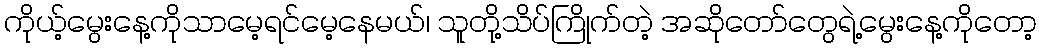
ကိုယ့်မွေးနေ့ကိုသာမေ့ရင်မေ့နေမယ်၊ သူတို့သိပ်ကြိုက်တဲ့ အဆိုတော်တွေရဲ့မွေးနေ့ကိုတော့